Indian journal of veterinary science and animal husbandry - Volumes 15-17, 1948-1951
Year: 1948
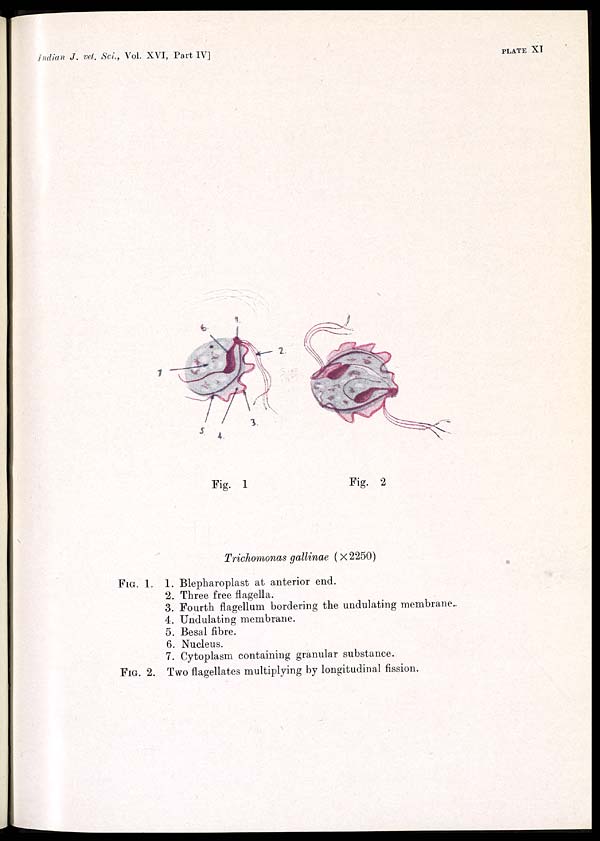
Indian J. vet. Sci., Vol. XVI, Part IV]
PLATE
XI
Fig. 1
Fig. 2
Trichomonas gallinae (×2250)
FIG. 1. 1. Blepharoplast at anterior end.
2. Three free flagella.
3. Fourth flagellum bordering the undulating membrane.
4. Undulating membrane.
5. Besal fibre.
6. Nucleus.
7. Cytoplasm containing granular substance.
FIG. 2. Two flagellates multiplying by longitudinal fission.